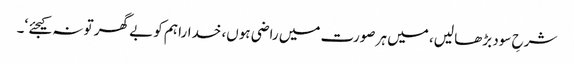
شرحِ سود بڑھا لیں، میں ہر صورت میں راضی ہوں، خدارا ہم کو بے گھر تو نہ کیجئے ‘۔